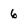
Character: 6